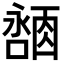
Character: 𪢓